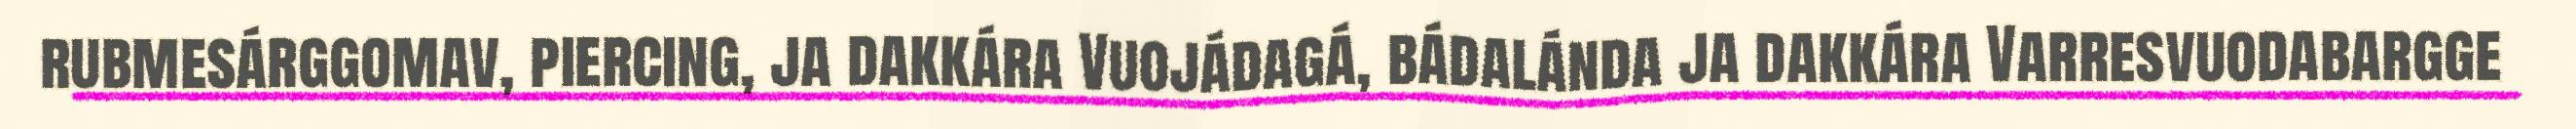
rubmesárggomav, piercing, ja dakkára Vuojádagá, bádalánda ja dakkára Varresvuodabargge